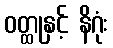
ဝတ္ထုနှင့် နိဂုံး